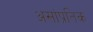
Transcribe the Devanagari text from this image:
असांप्रतिक